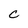
Character: C